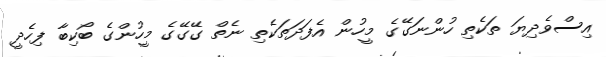
އިސްވެދިޔަ ތަކެތި ހުންނަގޭގެ މީހުން އެފަދަތަކެތި ނެތް ގޭގޭގެ މީހުންގެ ބޯކިބާ ފިހެދީ